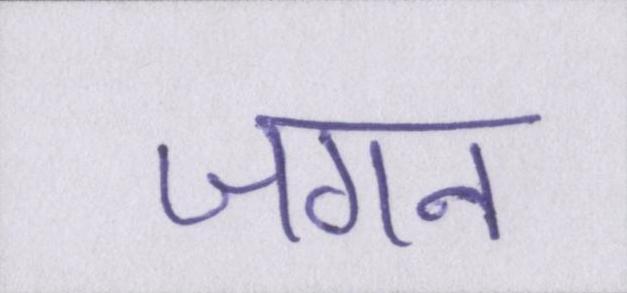
जगन